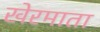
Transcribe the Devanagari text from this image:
खेरमाता